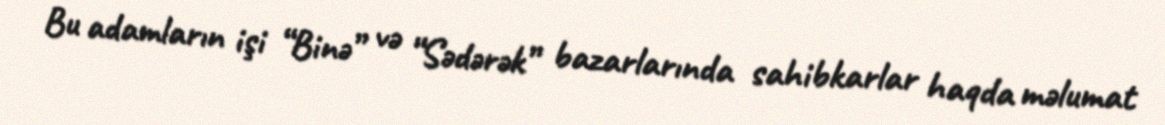
Bu adamların işi “Binə” və “Sədərək” bazarlarında sahibkarlar haqda məlumat